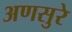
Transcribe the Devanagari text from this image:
अणसुरे